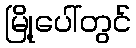
မြို့ပေါ်တွင်